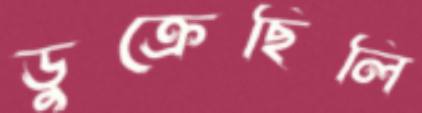
ডুক্‌রেছিলি